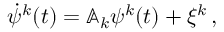
\begin{array} { r } { \dot { { { \psi } } } ^ { k } ( t ) = \mathbb { A } _ { k } { { \psi } } ^ { k } ( t ) + { \xi } ^ { k } \, , } \end{array}